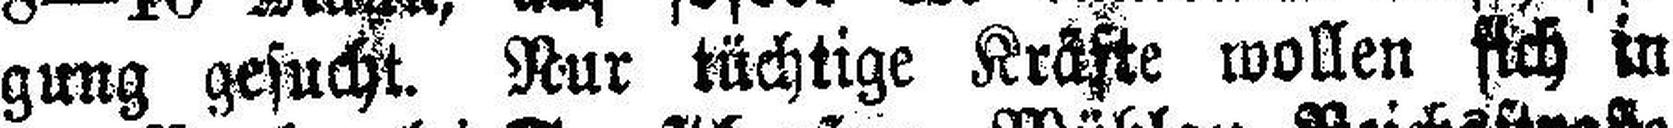
gung gesucht. Nur tüchtige Kräfte wollen sich in